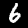
Digit: 6